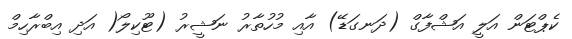
ކެޕްޓަން އަލީ އަޝްފާގް (ދަނގަޑޭ) އާއި މުހުތާރު ނަޝީރު (ޓޫކިލޯ( އަދި އިބްރާހިމް